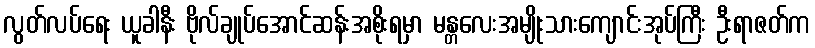
လွတ်လပ်ရေး ယူခါနီး ဗိုလ်ချုပ်အောင်ဆန်းအစိုးရမှာ မန္တလေးအမျိုးသားကျောင်းအုပ်ကြီး ဦးရာဇတ်က